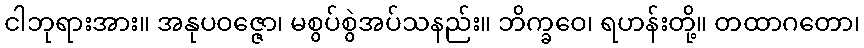
ငါဘုရားအား။ အနုပဝဇ္ဇော၊ မစွပ်စွဲအပ်သနည်း။ ဘိက္ခဝေ၊ ရဟန်းတို့။ တထာဂတော၊